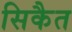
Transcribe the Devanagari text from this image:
सिकैत